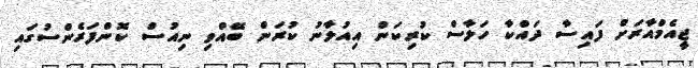
ޖީއެމްއާރަށް ފައިސާ ދައްކާ ހަލާސް ކުރިކަން އިއުލާނު ކުރަން ބޭއްވި ނިއުސް ކޮންފަރެންސުގައި